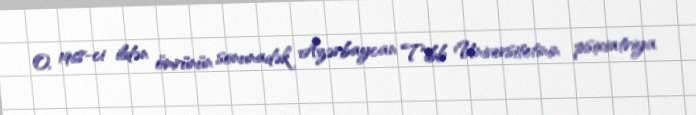
O, 1968-ci ildən ömrünün sonunadək Azərbaycan Tibb Universitetinin psixiatriya